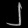
Digit: ၂